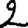
Digit: 2